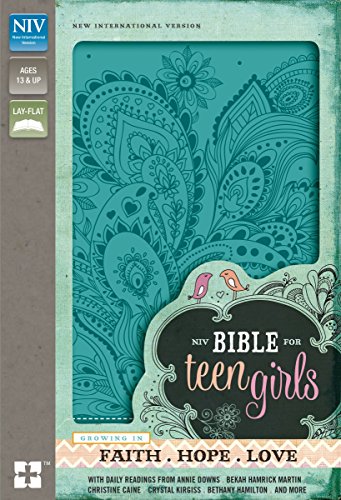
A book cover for NIV Bible for Teen Girls: Growing in Faith, Hope, and Love; Zondervan; Christian Books & Bibles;